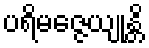
ပရိမဇ္ဇေယျုန္တိ